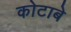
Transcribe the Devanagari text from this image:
कोटाबे